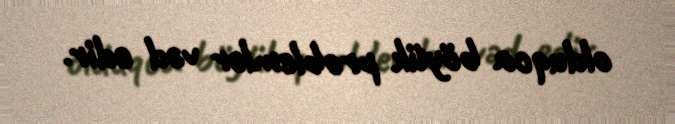
olduqca böyük problemlər vəd edir.